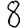
Digit: 8